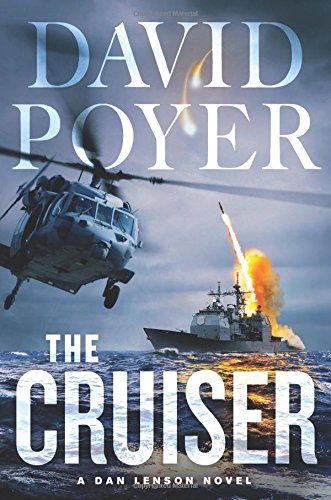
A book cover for The Cruiser: A Dan Lenson Novel (Dan Lenson Novels); David Poyer; Literature & Fiction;